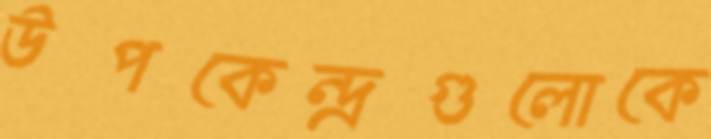
উপকেন্দ্রগুলোকে